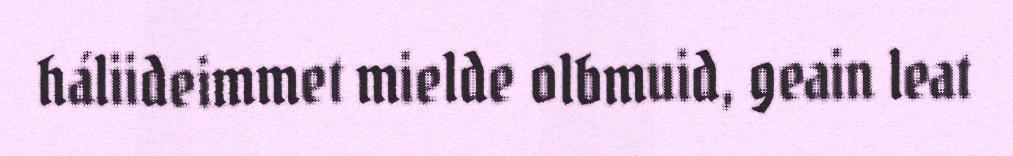
háliideimmet mielde olbmuid, geain leat